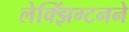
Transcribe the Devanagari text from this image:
लेक्झिंग्टनने